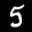
Label: 5